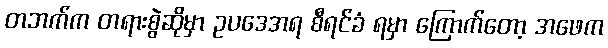
တဘက်က တရားစွဲဆိုမှာ ဥပဒေအရ စီရင်ခံ ရမှာ ကြောက်တော့ အဖေက